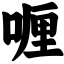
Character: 喱